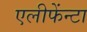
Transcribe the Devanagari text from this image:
एलीफेंन्टा